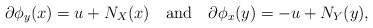
\begin{align*}\partial \phi_y(x) = u + N_X(x) ~~~\mbox{and}~~~ \partial \phi_x(y) = -u + N_Y(y),\end{align*}